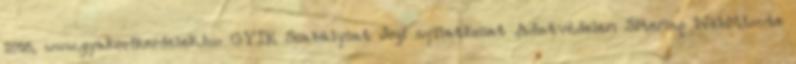
2018, www.gyakorikerdesek.hu GYIK Szabályzat Jogi nyilatkozat Adatvédelem Sitemap WebMinute